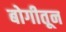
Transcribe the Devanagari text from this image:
बोगीतून